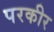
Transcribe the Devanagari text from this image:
परकीर